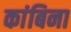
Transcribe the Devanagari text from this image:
कांबिना